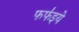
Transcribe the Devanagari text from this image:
फफ॑इये